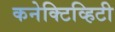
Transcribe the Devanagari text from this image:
कनेक्टिव्हिटी